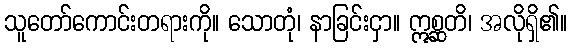
သူတော်ကောင်းတရားကို။ သောတုံ၊ နာခြင်းငှာ။ ဣစ္ဆတိ၊ အလိုရှိ၏။